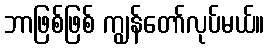
ဘာဖြစ်ဖြစ် ကျွန်တော်လုပ်မယ်။